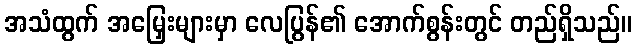
အသံထွက် အမြှေးများမှာ လေပြွန်၏ အောက်စွန်းတွင် တည်ရှိသည်။